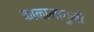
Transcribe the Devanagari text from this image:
कानामागुनी